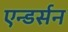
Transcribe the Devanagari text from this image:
एन्डर्सन